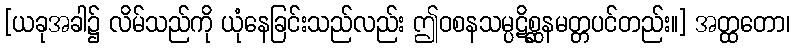
[ယခုအခါ၌ လိမ်သည်ကို ယုံနေခြင်းသည်လည်း ဤဝစနသမ္ပဋိစ္ဆနမတ္တပင်တည်း။] အတ္ထတော၊